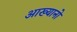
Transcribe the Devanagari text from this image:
आख्यानो